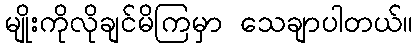
မျိုးကိုလိုချင်မိကြမှာ သေချာပါတယ်။